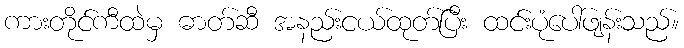
ကားတိုင်ကီထဲမှ ဓာတ်ဆီ အနည်းငယ်ထုတ်ပြီး ထင်းပုံပေါ်ဖျန်းသည်။